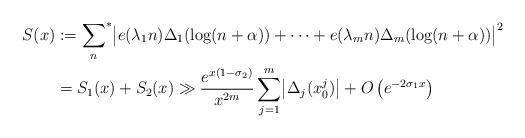
LaTeX: \begin{align*}S(x) &:={\sum_n}^* \bigl|e(\lambda_1 n)\Delta_1(\log(n+\alpha))+\cdots+e(\lambda_m n)\Delta_m(\log(n+\alpha))\bigr|^2\\&=S_1(x) + S_2 (x) \gg \frac{e^{x(1-\sigma_2)}}{x^{2m}}\sum_{j=1}^m \bigl|\Delta_j(x^{j}_0)\bigr| + O\left(e^{-2\sigma_1 x}\right)\end{align*}